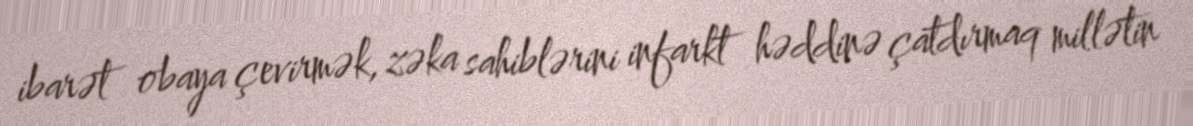
ibarət obaya çevirmək, zəka sahiblərini infarkt həddinə çatdırmaq millətin